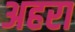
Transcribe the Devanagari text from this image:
अहरा